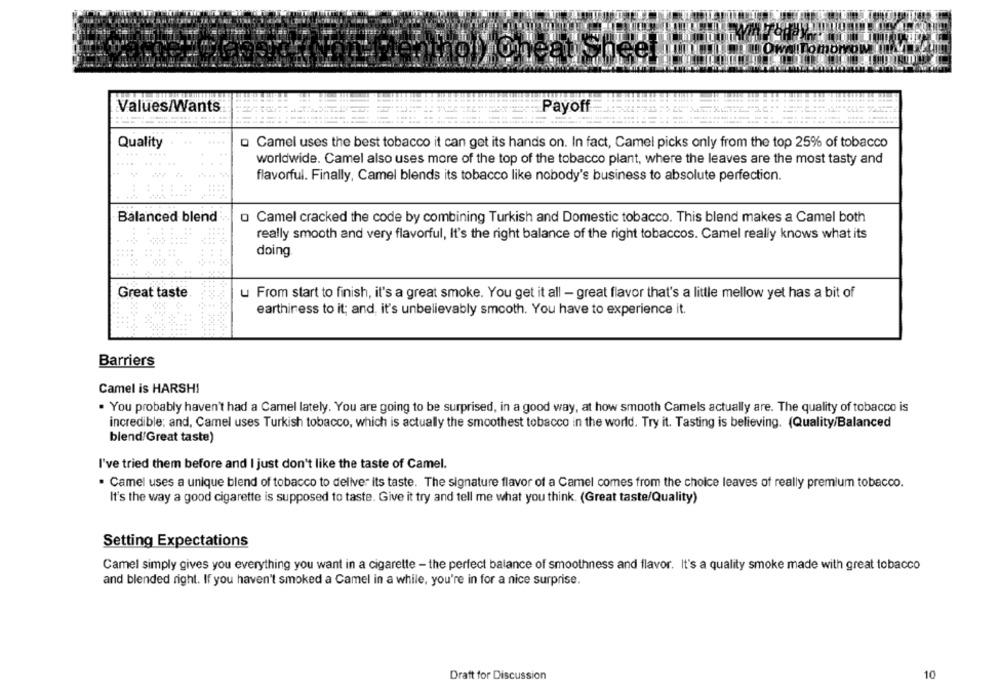
lomo
Values/Wants
Payoff
Quality
Camel uses the best tobacco it can get its hands on. In fact, Camel picks only from the top 25% of tobacco
worldwide. Camel also uses more of the top of the tobacco plant, where the leaves are the most tasty and
flavorful. Finally, Camel blends its tobacco like nobody's business to absolute perfection.
Balanced blend
o Camel cracked the code by combining Turkish and Domestic tobacco. This blend makes a Camel both
really smooth and very flavorful, It's the right balance of the right tobaccos. Camel really knows what its
doing
Great taste.
u From start to finish, it's a great smoke. You get it all - great flavor that's a little mellow yet has a bit of
earthiress to it; and, it's unbelievably smooth. You have to experience it.
Barriers
Camel is HARSH!
. You probably haven't had a Camel lately. You are going to be surprised, in a good way, at how smooth Camels actually are. The quality of tobacco is
incredible; and, Camel uses Turkish tobacco, which is actually the smoothest tobacco in the world. Try it. Tasting is believing. (Quality/Balanced
blend/Great taste)
I've tried them before and I just don't like the taste of Camel.
· Camel uses a unique blend of tobacco to deliver its taste. The signature flavor of a Camel comes from the choice leaves of really premium tobacco.
It's the way a good cigarette is supposed to taste. Give it try and tell me what you think. (Great taste/Quality)
Setting Expectations
Camel simply gives you everything you want in a cigarette - the perfect balance of smoothness and flavor. It's a quality smoke made with great tobacco
and blended right. If you haven't smoked a Camel in a while, you're in for a nice surprise.
Draft for Discussion
10